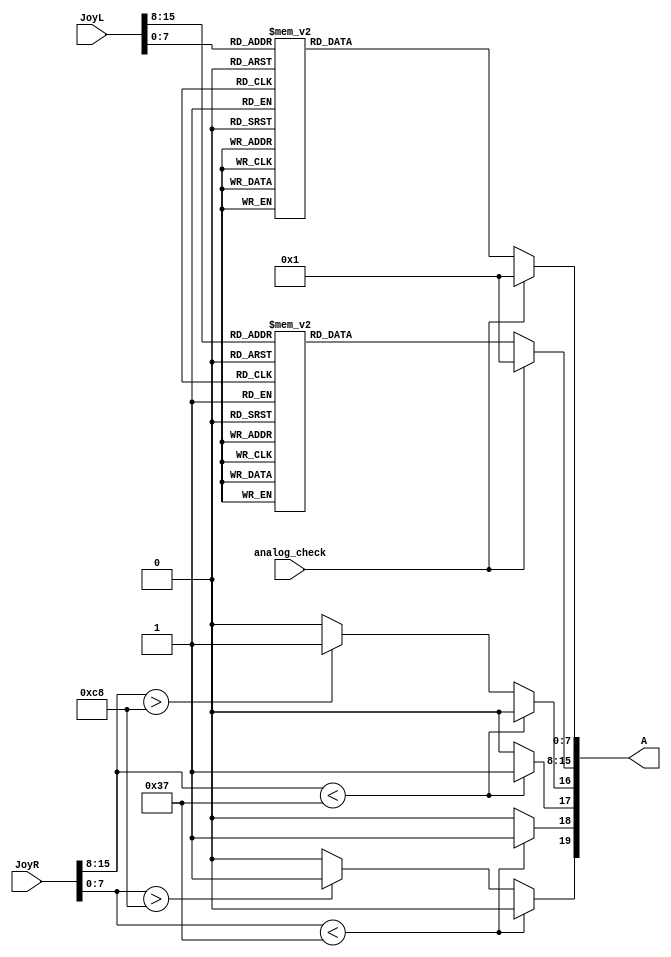
module AnalogGC (
    input [15:0] JoyL , input [15:0] JoyR ,
    input analog_check ,
    output [19:0] A
);
reg CL,CR,CU,CD; 
reg [7:0] x = 8'd0; 
reg [7:0] y = 8'd0; 
assign A[19:0] = {CD,CU,CL,CR,x,y};

always @ ( * ) begin
    if ( analog_check == 0 ) begin
    case ( JoyL[15:08] )
        8'd0: x <= 8'd155;8'd1: x <= 8'd156;8'd2: x <= 8'd157;8'd3: x <= 8'd157;8'd4: x <= 8'd158;8'd5: x <= 8'd159;8'd6: x <= 8'd160;8'd7: x <= 8'd160;8'd8: x <= 8'd161;8'd9: x <= 8'd162;8'd10: x <= 8'd163;8'd11: x <= 8'd164;8'd12: x <= 8'd164;8'd13: x <= 8'd165;8'd14: x <= 8'd166;8'd15: x <= 8'd167;8'd16: x <= 8'd168;8'd17: x <= 8'd168;8'd18: x <= 8'd169;8'd19: x <= 8'd170;8'd20: x <= 8'd171;8'd21: x <= 8'd171;8'd22: x <= 8'd172;8'd23: x <= 8'd173;8'd24: x <= 8'd174;8'd25: x <= 8'd175;8'd26: x <= 8'd175;8'd27: x <= 8'd176;8'd28: x <= 8'd177;8'd29: x <= 8'd178;8'd30: x <= 8'd178;8'd31: x <= 8'd179;8'd32: x <= 8'd180;8'd33: x <= 8'd181;8'd34: x <= 8'd182;8'd35: x <= 8'd182;8'd36: x <= 8'd183;8'd37: x <= 8'd184;8'd38: x <= 8'd185;8'd39: x <= 8'd185;8'd40: x <= 8'd186;8'd41: x <= 8'd187;8'd42: x <= 8'd188;8'd43: x <= 8'd189;8'd44: x <= 8'd189;8'd45: x <= 8'd190;8'd46: x <= 8'd191;8'd47: x <= 8'd192;8'd48: x <= 8'd193;8'd49: x <= 8'd193;8'd50: x <= 8'd194;8'd51: x <= 8'd195;8'd52: x <= 8'd196;8'd53: x <= 8'd196;8'd54: x <= 8'd197;8'd55: x <= 8'd198;8'd56: x <= 8'd199;8'd57: x <= 8'd200;8'd58: x <= 8'd200;8'd59: x <= 8'd201;8'd60: x <= 8'd202;8'd61: x <= 8'd203;8'd62: x <= 8'd203;8'd63: x <= 8'd204;8'd64: x <= 8'd205;8'd65: x <= 8'd206;8'd66: x <= 8'd207;8'd67: x <= 8'd207;8'd68: x <= 8'd208;8'd69: x <= 8'd209;8'd70: x <= 8'd210;8'd71: x <= 8'd210;8'd72: x <= 8'd211;8'd73: x <= 8'd212;8'd74: x <= 8'd213;8'd75: x <= 8'd214;8'd76: x <= 8'd214;8'd77: x <= 8'd215;8'd78: x <= 8'd216;8'd79: x <= 8'd217;8'd80: x <= 8'd218;8'd81: x <= 8'd218;8'd82: x <= 8'd219;8'd83: x <= 8'd220;8'd84: x <= 8'd221;8'd85: x <= 8'd221;8'd86: x <= 8'd222;8'd87: x <= 8'd223;8'd88: x <= 8'd224;8'd89: x <= 8'd225;8'd90: x <= 8'd225;8'd91: x <= 8'd226;8'd92: x <= 8'd227;8'd93: x <= 8'd228;8'd94: x <= 8'd228;8'd95: x <= 8'd229;8'd96: x <= 8'd230;8'd97: x <= 8'd231;8'd98: x <= 8'd232;8'd99: x <= 8'd232;8'd100: x <= 8'd233;8'd101: x <= 8'd234;8'd102: x <= 8'd235;8'd103: x <= 8'd235;8'd104: x <= 8'd236;8'd105: x <= 8'd237;8'd106: x <= 8'd238;8'd107: x <= 8'd239;8'd108: x <= 8'd239;8'd109: x <= 8'd240;8'd110: x <= 8'd241;8'd111: x <= 8'd242;8'd112: x <= 8'd243;8'd113: x <= 8'd243;8'd114: x <= 8'd244;8'd115: x <= 8'd245;8'd116: x <= 8'd246;8'd117: x <= 8'd246;8'd118: x <= 8'd247;8'd119: x <= 8'd248;8'd120: x <= 8'd249;8'd121: x <= 8'd250;8'd122: x <= 8'd250;8'd123: x <= 8'd251;8'd124: x <= 8'd252;8'd125: x <= 8'd253;8'd126: x <= 8'd253;8'd127: x <= 8'd254;8'd128: x <= 8'd255;8'd129: x <= 8'd0;8'd130: x <= 8'd1;8'd131: x <= 8'd2;8'd132: x <= 8'd3;8'd133: x <= 8'd3;8'd134: x <= 8'd4;8'd135: x <= 8'd5;8'd136: x <= 8'd6;8'd137: x <= 8'd7;8'd138: x <= 8'd7;8'd139: x <= 8'd8;8'd140: x <= 8'd9;8'd141: x <= 8'd10;8'd142: x <= 8'd10;8'd143: x <= 8'd11;8'd144: x <= 8'd12;8'd145: x <= 8'd13;8'd146: x <= 8'd14;8'd147: x <= 8'd14;8'd148: x <= 8'd15;8'd149: x <= 8'd16;8'd150: x <= 8'd17;8'd151: x <= 8'd17;8'd152: x <= 8'd18;8'd153: x <= 8'd19;8'd154: x <= 8'd20;8'd155: x <= 8'd21;8'd156: x <= 8'd21;8'd157: x <= 8'd22;8'd158: x <= 8'd23;8'd159: x <= 8'd24;8'd160: x <= 8'd25;8'd161: x <= 8'd25;8'd162: x <= 8'd26;8'd163: x <= 8'd27;8'd164: x <= 8'd28;8'd165: x <= 8'd28;8'd166: x <= 8'd29;8'd167: x <= 8'd30;8'd168: x <= 8'd31;8'd169: x <= 8'd32;8'd170: x <= 8'd32;8'd171: x <= 8'd33;8'd172: x <= 8'd34;8'd173: x <= 8'd35;8'd174: x <= 8'd35;8'd175: x <= 8'd36;8'd176: x <= 8'd37;8'd177: x <= 8'd38;8'd178: x <= 8'd39;8'd179: x <= 8'd39;8'd180: x <= 8'd40;8'd181: x <= 8'd41;8'd182: x <= 8'd42;8'd183: x <= 8'd42;8'd184: x <= 8'd43;8'd185: x <= 8'd44;8'd186: x <= 8'd45;8'd187: x <= 8'd46;8'd188: x <= 8'd46;8'd189: x <= 8'd47;8'd190: x <= 8'd48;8'd191: x <= 8'd49;8'd192: x <= 8'd50;8'd193: x <= 8'd50;8'd194: x <= 8'd51;8'd195: x <= 8'd52;8'd196: x <= 8'd53;8'd197: x <= 8'd53;8'd198: x <= 8'd54;8'd199: x <= 8'd55;8'd200: x <= 8'd56;8'd201: x <= 8'd57;8'd202: x <= 8'd57;8'd203: x <= 8'd58;8'd204: x <= 8'd59;8'd205: x <= 8'd60;8'd206: x <= 8'd60;8'd207: x <= 8'd61;8'd208: x <= 8'd62;8'd209: x <= 8'd63;8'd210: x <= 8'd64;8'd211: x <= 8'd64;8'd212: x <= 8'd65;8'd213: x <= 8'd66;8'd214: x <= 8'd67;8'd215: x <= 8'd67;8'd216: x <= 8'd68;8'd217: x <= 8'd69;8'd218: x <= 8'd70;8'd219: x <= 8'd71;8'd220: x <= 8'd71;8'd221: x <= 8'd72;8'd222: x <= 8'd73;8'd223: x <= 8'd74;8'd224: x <= 8'd75;8'd225: x <= 8'd75;8'd226: x <= 8'd76;8'd227: x <= 8'd77;8'd228: x <= 8'd78;8'd229: x <= 8'd78;8'd230: x <= 8'd79;8'd231: x <= 8'd80;8'd232: x <= 8'd81;8'd233: x <= 8'd82;8'd234: x <= 8'd82;8'd235: x <= 8'd83;8'd236: x <= 8'd84;8'd237: x <= 8'd85;8'd238: x <= 8'd85;8'd239: x <= 8'd86;8'd240: x <= 8'd87;8'd241: x <= 8'd88;8'd242: x <= 8'd89;8'd243: x <= 8'd89;8'd244: x <= 8'd90;8'd245: x <= 8'd91;8'd246: x <= 8'd92;8'd247: x <= 8'd92;8'd248: x <= 8'd93;8'd249: x <= 8'd94;8'd250: x <= 8'd95;8'd251: x <= 8'd96;8'd252: x <= 8'd96;8'd253: x <= 8'd97;8'd254: x <= 8'd98;8'd255: x <= 8'd99;
        default x <= 8'd0;
    endcase
    
    case ( JoyL[07:00] )
        8'd0: y <= 8'd155;8'd1: y <= 8'd156;8'd2: y <= 8'd157;8'd3: y <= 8'd157;8'd4: y <= 8'd158;8'd5: y <= 8'd159;8'd6: y <= 8'd160;8'd7: y <= 8'd160;8'd8: y <= 8'd161;8'd9: y <= 8'd162;8'd10: y <= 8'd163;8'd11: y <= 8'd164;8'd12: y <= 8'd164;8'd13: y <= 8'd165;8'd14: y <= 8'd166;8'd15: y <= 8'd167;8'd16: y <= 8'd168;8'd17: y <= 8'd168;8'd18: y <= 8'd169;8'd19: y <= 8'd170;8'd20: y <= 8'd171;8'd21: y <= 8'd171;8'd22: y <= 8'd172;8'd23: y <= 8'd173;8'd24: y <= 8'd174;8'd25: y <= 8'd175;8'd26: y <= 8'd175;8'd27: y <= 8'd176;8'd28: y <= 8'd177;8'd29: y <= 8'd178;8'd30: y <= 8'd178;8'd31: y <= 8'd179;8'd32: y <= 8'd180;8'd33: y <= 8'd181;8'd34: y <= 8'd182;8'd35: y <= 8'd182;8'd36: y <= 8'd183;8'd37: y <= 8'd184;8'd38: y <= 8'd185;8'd39: y <= 8'd185;8'd40: y <= 8'd186;8'd41: y <= 8'd187;8'd42: y <= 8'd188;8'd43: y <= 8'd189;8'd44: y <= 8'd189;8'd45: y <= 8'd190;8'd46: y <= 8'd191;8'd47: y <= 8'd192;8'd48: y <= 8'd193;8'd49: y <= 8'd193;8'd50: y <= 8'd194;8'd51: y <= 8'd195;8'd52: y <= 8'd196;8'd53: y <= 8'd196;8'd54: y <= 8'd197;8'd55: y <= 8'd198;8'd56: y <= 8'd199;8'd57: y <= 8'd200;8'd58: y <= 8'd200;8'd59: y <= 8'd201;8'd60: y <= 8'd202;8'd61: y <= 8'd203;8'd62: y <= 8'd203;8'd63: y <= 8'd204;8'd64: y <= 8'd205;8'd65: y <= 8'd206;8'd66: y <= 8'd207;8'd67: y <= 8'd207;8'd68: y <= 8'd208;8'd69: y <= 8'd209;8'd70: y <= 8'd210;8'd71: y <= 8'd210;8'd72: y <= 8'd211;8'd73: y <= 8'd212;8'd74: y <= 8'd213;8'd75: y <= 8'd214;8'd76: y <= 8'd214;8'd77: y <= 8'd215;8'd78: y <= 8'd216;8'd79: y <= 8'd217;8'd80: y <= 8'd218;8'd81: y <= 8'd218;8'd82: y <= 8'd219;8'd83: y <= 8'd220;8'd84: y <= 8'd221;8'd85: y <= 8'd221;8'd86: y <= 8'd222;8'd87: y <= 8'd223;8'd88: y <= 8'd224;8'd89: y <= 8'd225;8'd90: y <= 8'd225;8'd91: y <= 8'd226;8'd92: y <= 8'd227;8'd93: y <= 8'd228;8'd94: y <= 8'd228;8'd95: y <= 8'd229;8'd96: y <= 8'd230;8'd97: y <= 8'd231;8'd98: y <= 8'd232;8'd99: y <= 8'd232;8'd100: y <= 8'd233;8'd101: y <= 8'd234;8'd102: y <= 8'd235;8'd103: y <= 8'd235;8'd104: y <= 8'd236;8'd105: y <= 8'd237;8'd106: y <= 8'd238;8'd107: y <= 8'd239;8'd108: y <= 8'd239;8'd109: y <= 8'd240;8'd110: y <= 8'd241;8'd111: y <= 8'd242;8'd112: y <= 8'd243;8'd113: y <= 8'd243;8'd114: y <= 8'd244;8'd115: y <= 8'd245;8'd116: y <= 8'd246;8'd117: y <= 8'd246;8'd118: y <= 8'd247;8'd119: y <= 8'd248;8'd120: y <= 8'd249;8'd121: y <= 8'd250;8'd122: y <= 8'd250;8'd123: y <= 8'd251;8'd124: y <= 8'd252;8'd125: y <= 8'd253;8'd126: y <= 8'd253;8'd127: y <= 8'd254;8'd128: y <= 8'd255;8'd129: y <= 8'd0;8'd130: y <= 8'd1;8'd131: y <= 8'd2;8'd132: y <= 8'd3;8'd133: y <= 8'd3;8'd134: y <= 8'd4;8'd135: y <= 8'd5;8'd136: y <= 8'd6;8'd137: y <= 8'd7;8'd138: y <= 8'd7;8'd139: y <= 8'd8;8'd140: y <= 8'd9;8'd141: y <= 8'd10;8'd142: y <= 8'd10;8'd143: y <= 8'd11;8'd144: y <= 8'd12;8'd145: y <= 8'd13;8'd146: y <= 8'd14;8'd147: y <= 8'd14;8'd148: y <= 8'd15;8'd149: y <= 8'd16;8'd150: y <= 8'd17;8'd151: y <= 8'd17;8'd152: y <= 8'd18;8'd153: y <= 8'd19;8'd154: y <= 8'd20;8'd155: y <= 8'd21;8'd156: y <= 8'd21;8'd157: y <= 8'd22;8'd158: y <= 8'd23;8'd159: y <= 8'd24;8'd160: y <= 8'd25;8'd161: y <= 8'd25;8'd162: y <= 8'd26;8'd163: y <= 8'd27;8'd164: y <= 8'd28;8'd165: y <= 8'd28;8'd166: y <= 8'd29;8'd167: y <= 8'd30;8'd168: y <= 8'd31;8'd169: y <= 8'd32;8'd170: y <= 8'd32;8'd171: y <= 8'd33;8'd172: y <= 8'd34;8'd173: y <= 8'd35;8'd174: y <= 8'd35;8'd175: y <= 8'd36;8'd176: y <= 8'd37;8'd177: y <= 8'd38;8'd178: y <= 8'd39;8'd179: y <= 8'd39;8'd180: y <= 8'd40;8'd181: y <= 8'd41;8'd182: y <= 8'd42;8'd183: y <= 8'd42;8'd184: y <= 8'd43;8'd185: y <= 8'd44;8'd186: y <= 8'd45;8'd187: y <= 8'd46;8'd188: y <= 8'd46;8'd189: y <= 8'd47;8'd190: y <= 8'd48;8'd191: y <= 8'd49;8'd192: y <= 8'd50;8'd193: y <= 8'd50;8'd194: y <= 8'd51;8'd195: y <= 8'd52;8'd196: y <= 8'd53;8'd197: y <= 8'd53;8'd198: y <= 8'd54;8'd199: y <= 8'd55;8'd200: y <= 8'd56;8'd201: y <= 8'd57;8'd202: y <= 8'd57;8'd203: y <= 8'd58;8'd204: y <= 8'd59;8'd205: y <= 8'd60;8'd206: y <= 8'd60;8'd207: y <= 8'd61;8'd208: y <= 8'd62;8'd209: y <= 8'd63;8'd210: y <= 8'd64;8'd211: y <= 8'd64;8'd212: y <= 8'd65;8'd213: y <= 8'd66;8'd214: y <= 8'd67;8'd215: y <= 8'd67;8'd216: y <= 8'd68;8'd217: y <= 8'd69;8'd218: y <= 8'd70;8'd219: y <= 8'd71;8'd220: y <= 8'd71;8'd221: y <= 8'd72;8'd222: y <= 8'd73;8'd223: y <= 8'd74;8'd224: y <= 8'd75;8'd225: y <= 8'd75;8'd226: y <= 8'd76;8'd227: y <= 8'd77;8'd228: y <= 8'd78;8'd229: y <= 8'd78;8'd230: y <= 8'd79;8'd231: y <= 8'd80;8'd232: y <= 8'd81;8'd233: y <= 8'd82;8'd234: y <= 8'd82;8'd235: y <= 8'd83;8'd236: y <= 8'd84;8'd237: y <= 8'd85;8'd238: y <= 8'd85;8'd239: y <= 8'd86;8'd240: y <= 8'd87;8'd241: y <= 8'd88;8'd242: y <= 8'd89;8'd243: y <= 8'd89;8'd244: y <= 8'd90;8'd245: y <= 8'd91;8'd246: y <= 8'd92;8'd247: y <= 8'd92;8'd248: y <= 8'd93;8'd249: y <= 8'd94;8'd250: y <= 8'd95;8'd251: y <= 8'd96;8'd252: y <= 8'd96;8'd253: y <= 8'd97;8'd254: y <= 8'd98;8'd255: y <= 8'd99;
        default y <= 8'd0;
    endcase
    end
    else begin
        x <= 1; y <= 1;
    end
	
    if ( JoyR[15:08] < 8'd55 ) begin //Cstick X
        CL = 1'b1;  
        CR = 1'b0;
    end
    else if ( JoyR[15:08] > 8'd200 ) begin
        CL = 1'b0;  
        CR = 1'b1;
    end
    else begin
        CL = 1'b0;  
        CR = 1'b0;
    end
    if ( JoyR[07:00] < 8'd55 ) begin //Cstick Y
        CU = 1'b1;  
        CD = 1'b0;
    end
    else if ( JoyR[07:00] > 8'd200 ) begin
        CU = 1'b0;  
        CD = 1'b1;
    end
    else begin
        CU = 1'b0;  
        CD = 1'b0;
    end    
end

endmodule